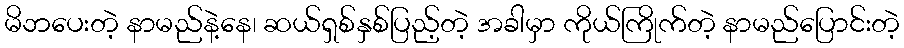
မိဘပေးတဲ့ နာမည်နဲ့နေ၊ ဆယ်ရှစ်နှစ်ပြည့်တဲ့ အခါမှာ ကိုယ်ကြိုက်တဲ့ နာမည်ပြောင်းတဲ့